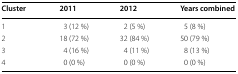
| Cluster | 2011 | 2012 | Years combined |
 | --- | --- | --- | --- |
 | 1 | 3 (12 %) | 2 (5 %) | 5 (8 %) |
 | 2 | 18 (72 %) | 32 (84 %) | 50 (79 %) |
 | 3 | 4 (16 %) | 4 (11 %) | 8 (13 %) |
 | 4 | 0 (0 %) | 0 (0 %) | 0 (0 %) |